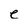
Character: e